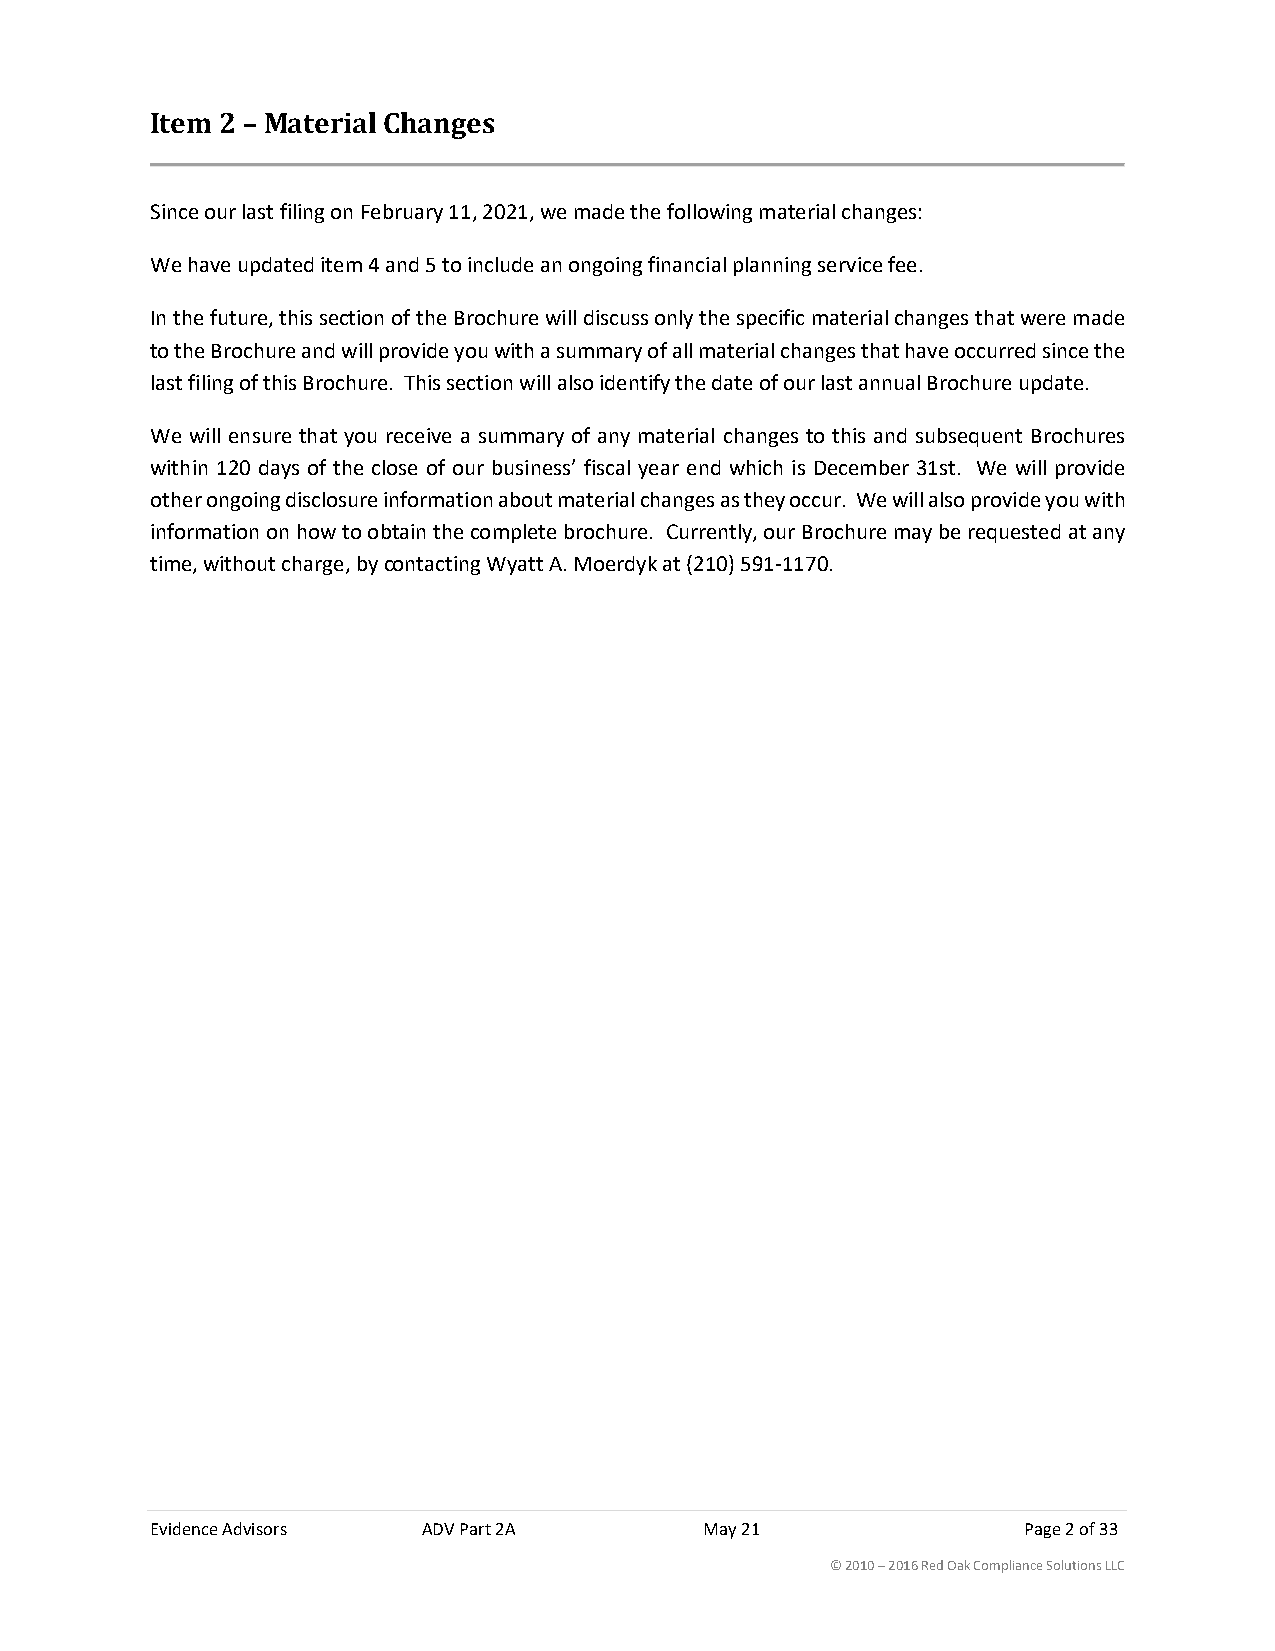
Item 2 – Material Changes
 Since our last filing on February 11, 2021, we made the following material changes:
 We have updated item 4 and 5 to include an ongoing financial planning service fee.
 In the future, this section of the Brochure will discuss only the specific material changes that were made
 to the Brochure and will provide you with a summary of all material changes that have occurred since the
 last filing of this Brochure. This section will also identify the date of our last annual Brochure update.
 We will ensure that you receive a summary of any material changes to this and subsequent Brochures
 within 120 days of the close of our business’ fiscal year end which is December 31st. We will provide
 other ongoing disclosure information about material changes as they occur. We will also provide you with
 information on how to obtain the complete brochure. Currently, our Brochure may be requested at any
 time, without charge, by contacting Wyatt A. Moerdyk at (210) 591-1170.
 Evidence Advisors ADV Part 2A        May 21               Page 2 of 33
 © 2010 – 2016 Red Oak Compliance Solutions LLC